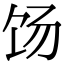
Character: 饧